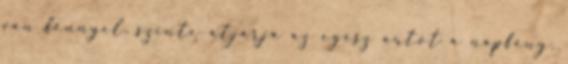
van fénnyel, szinte átjárja az egész autót a napfény.